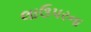
લાઉપરના